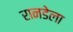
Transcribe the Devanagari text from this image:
रानडेला